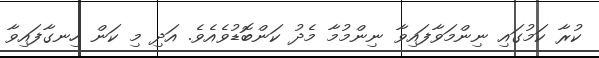
ކުރާ ކަމުގައި ނިންމަވާފައިވާ ނިންމުމާ މެދު ކަންބޮޑުވެއެވެ. އަދި މި ކަން ހިނގާފައިވާ